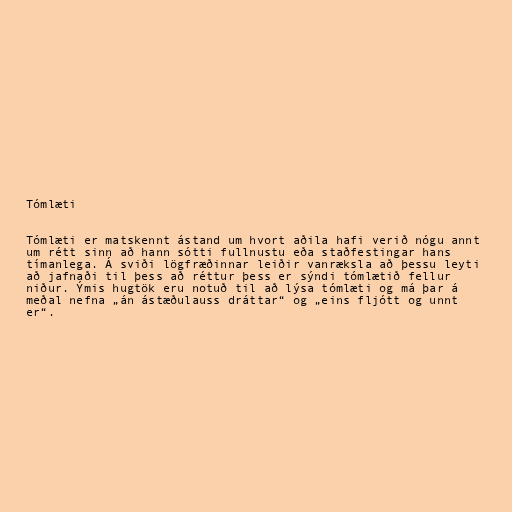
Tómlæti

Tómlæti er matskennt ástand um hvort aðila hafi verið nógu annt
um rétt sinn að hann sótti fullnustu eða staðfestingar hans
tímanlega. Á sviði lögfræðinnar leiðir vanræksla að þessu leyti
að jafnaði til þess að réttur þess er sýndi tómlætið fellur
niður. Ýmis hugtök eru notuð til að lýsa tómlæti og má þar á
meðal nefna „án ástæðulauss dráttar“ og „eins fljótt og unnt
er“.